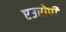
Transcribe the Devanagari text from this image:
एउरोपी